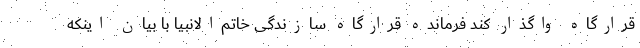
قرارگاه واگذار کند فرمانده قرارگاه سازندگی خاتم‌الانبیا با بیان اینکه